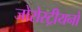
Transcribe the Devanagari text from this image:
जोरोस्ट्रीयनों